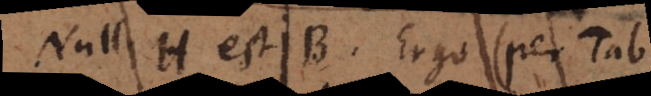
Null. H est B. Ergo (per tab.)